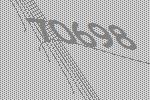
70698